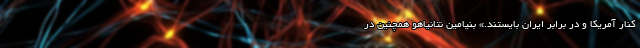
کنار آمریکا و در برابر ایران بایستند.» بنیامین نتانیاهو همچنین در